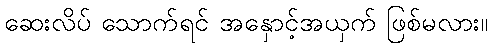
ဆေးလိပ် သောက်ရင် အနှောင့်အယှက် ဖြစ်မလား။